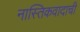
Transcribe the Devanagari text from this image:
नास्तिकवादाची